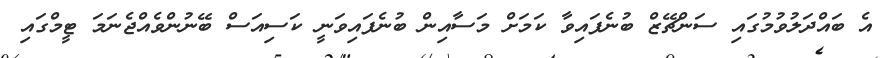
އެ ބައްދަލުވުމުގައި ސަންޗޭޒް ބުނެފައިވާ ކަމަށް މަސާއިން ބުނެފައިވަނީ ކަސިއަސް ބޭނުންވެއްޖެނަމަ ޓީމްގައި